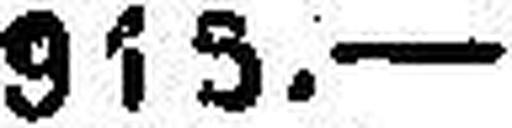
959.—